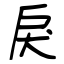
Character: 戾